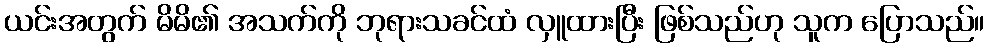
ယင်းအတွက် မိမိ၏ အသက်ကို ဘုရားသခင်ထံ လှူထားပြီး ဖြစ်သည်ဟု သူက ပြောသည်။